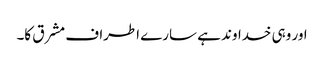
اور وہی خداوند ہے سارے اطراف مشرق کا۔